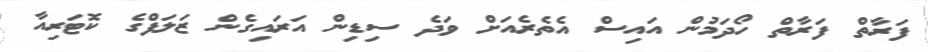
ފަރާތް ފަރާތް ހޯދަމުން އައިސް އެތެރެއަށް ވަދެ ސިޑިން އަރައިގެން ޒަލަފްގެ ކޮޓަރިއާ